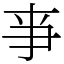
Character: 亊